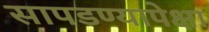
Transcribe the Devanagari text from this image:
सापडण्यापेक्षा